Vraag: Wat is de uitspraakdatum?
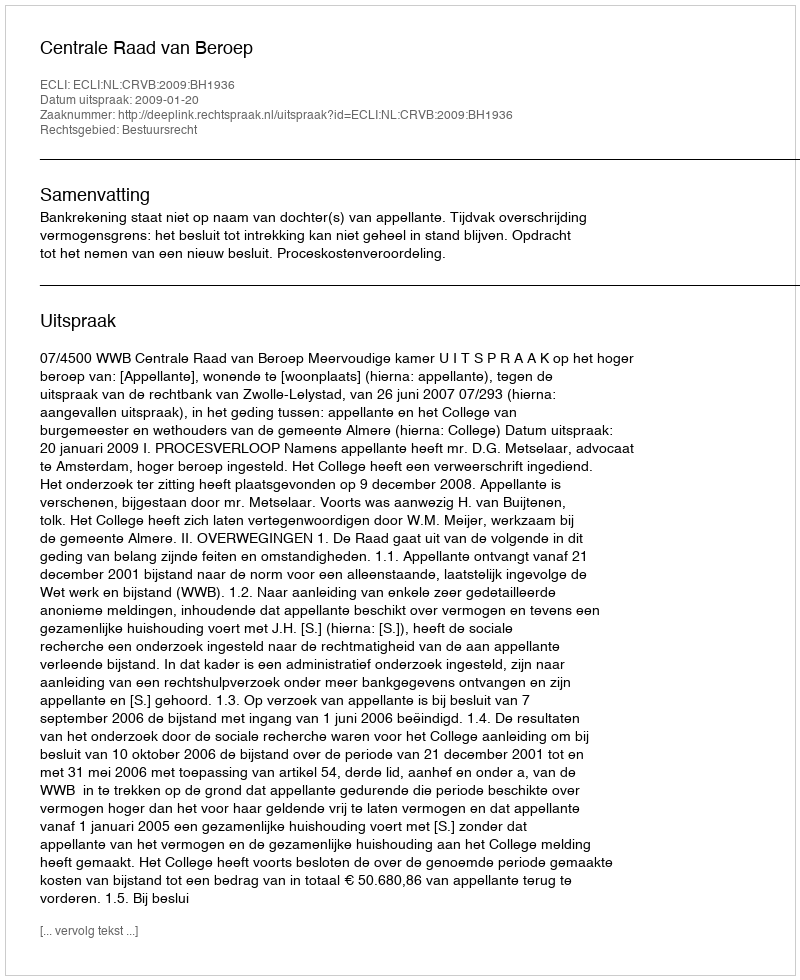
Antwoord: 2009-01-20